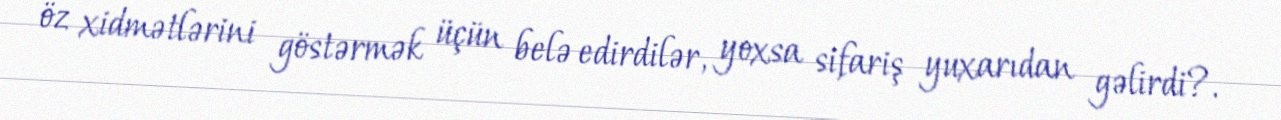
öz xidmətlərini göstərmək üçün belə edirdilər, yoxsa sifariş yuxarıdan gəlirdi?.